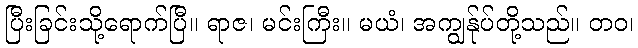
ပြီးခြင်းသို့ရောက်ပြီ။ ရာဇ၊ မင်းကြီး။ မယံ၊ အကျွန်ုပ်တို့သည်။ တဝ၊